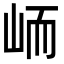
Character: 峏